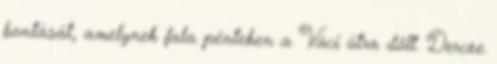
bontását, amelynek fala pénteken a Váci útra dőlt. Dercze